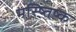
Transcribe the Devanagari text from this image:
मस्ष्तिष्क